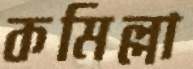
কমিল্লা